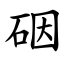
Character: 䂩